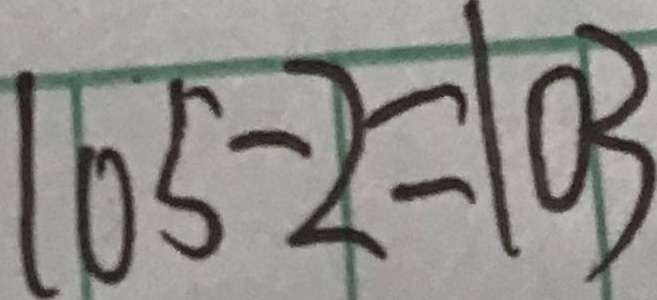
1 0 5 - 2 = 1 0 3